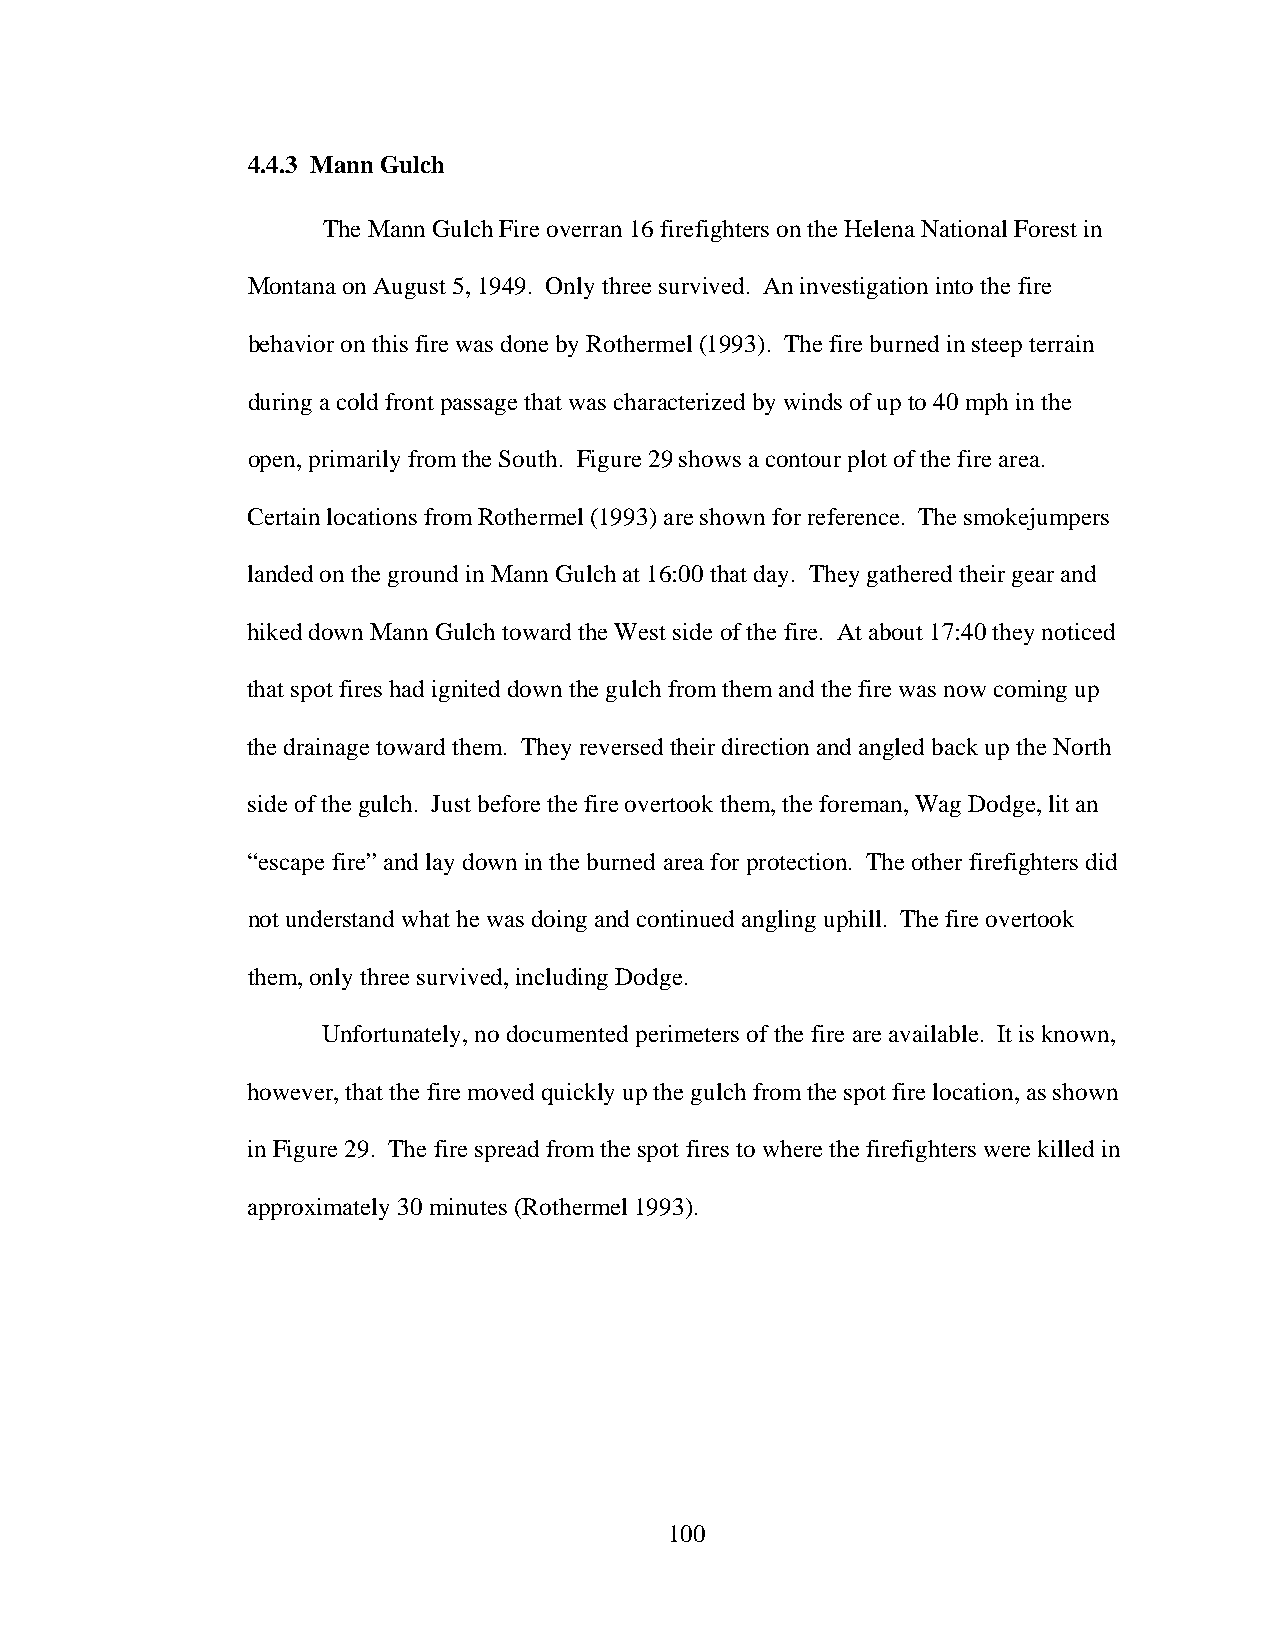
4.4.3 Mann Gulch
 The Mann Gulch Fire overran 16 firefighters on the Helena National Forest in
 Montana on August 5, 1949. Only three survived. An investigation into the fire
 behavior on this fire was done by Rothermel (1993). The fire burned in steep terrain
 during a cold front passage that was characterized by winds of up to 40 mph in the
 open, primarily from the South. Figure 29 shows a contour plot of the fire area.
 Certain locations from Rothermel (1993) are shown for reference. The smokejumpers
 landed on the ground in Mann Gulch at 16:00 that day. They gathered their gear and
 hiked down Mann Gulch toward the West side of the fire. At about 17:40 they noticed
 that spot fires had ignited down the gulch from them and the fire was now coming up
 the drainage toward them. They reversed their direction and angled back up the North
 side of the gulch. Just before the fire overtook them, the foreman, Wag Dodge, lit an
 “escape fire” and lay down in the burned area for protection. The other firefighters did
 not understand what he was doing and continued angling uphill. The fire overtook
 them, only three survived, including Dodge.
 Unfortunately, no documented perimeters of the fire are available. It is known,
 however, that the fire moved quickly up the gulch from the spot fire location, as shown
 in Figure 29. The fire spread from the spot fires to where the firefighters were killed in
 approximately 30 minutes (Rothermel 1993).
 100